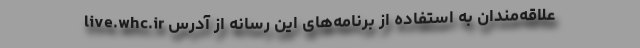
علاقه‌مندان به استفاده از برنامه‌های این رسانه از آدرس live.whc.ir